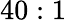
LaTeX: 40:1